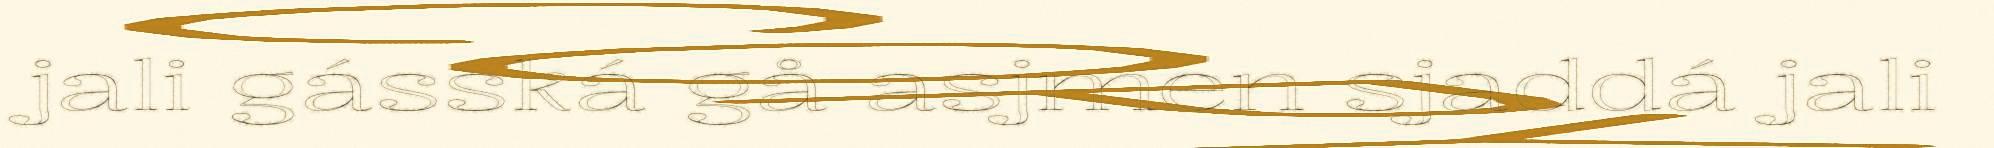
jali gásská gå asjmen sjaddá jali